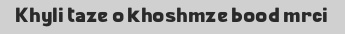
Khyli taze o khoshmze bood mrci